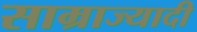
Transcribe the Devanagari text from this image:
साम्राज्यादी